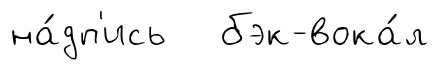
на́дп'ись бэк-вока́л